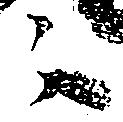
々